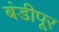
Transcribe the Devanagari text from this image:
बंडीपूर